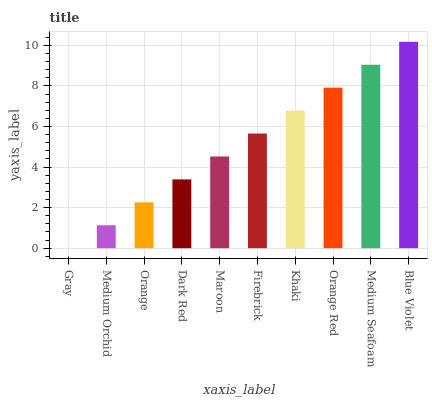
| xaxis_label | bars |
 | --- | --- |
 | Gray | 0 |
 | Medium Orchid | 1.13 |
 | Orange | 2.26 |
 | Dark Red | 3.39 |
 | Maroon | 4.52 |
 | Firebrick | 5.65 |
 | Khaki | 6.79 |
 | Orange Red | 7.92 |
 | Medium Seafoam | 9.05 |
 | Blue Violet | 10.2 |